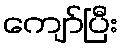
ကျော်ပြီး